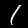
Label: 1